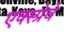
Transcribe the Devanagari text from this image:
एक्स्प्रेवे